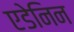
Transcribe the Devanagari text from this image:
एडेनिन